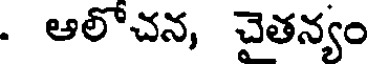
. అలోచన, చైతన్యం